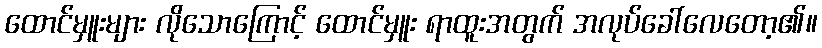
ထောင်မှူးများ လိုသောကြောင့် ထောင်မှူး ရာထူးအတွက် အလုပ်ခေါ်လေတော့၏။